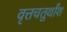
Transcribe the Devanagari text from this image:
वृत्तचतुर्थांश